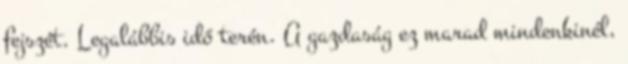
fejszét. Legalábbis idő terén. A gazdaság ez marad mindenkinél,